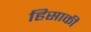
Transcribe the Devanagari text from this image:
हिसाकी